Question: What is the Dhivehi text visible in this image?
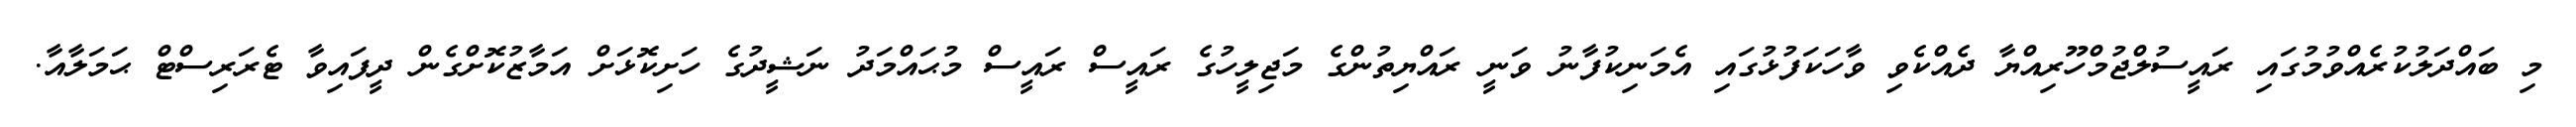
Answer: މި ބައްދަލުކުރެއްވުމުގައި ރައީސުލްޖުމްހޫރިއްޔާ ދެއްކެވި ވާހަކަފުޅުގައި އެމަނިކުފާނު ވަނީ ރައްޔިތުންގެ މަޖިލީހުގެ ރައީސް ރައީސް މުޙައްމަދު ނަޝީދުގެ ހަށިކޮޅަށް އަމާޒުކޮށްގެން ދީފައިވާ ޓެރަރިސްޓް ޙަމަލާއާ.